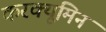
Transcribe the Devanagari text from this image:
करक्यूमिन